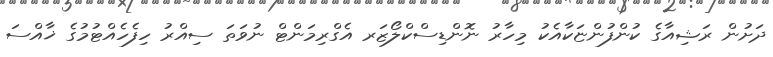
ދަށުން ރަޝިއާގެ ކުންފުންޏަކާއެކު މިހާރު ނޮންޑިސްކްލޯޒަރ އެގްރިމަންޓް ނުވަތަ ސިއްރު ހިފެހެއްޓުމުގެ ޚާއްސަ